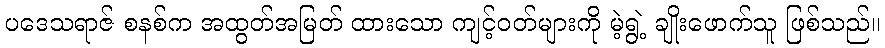
ပဒေသရာဇ် စနစ်က အထွတ်အမြတ် ထားသော ကျင့်ဝတ်များကို မဲ့ရွဲ့ ချိုးဖောက်သူ ဖြစ်သည်။